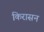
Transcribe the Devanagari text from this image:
किरासन